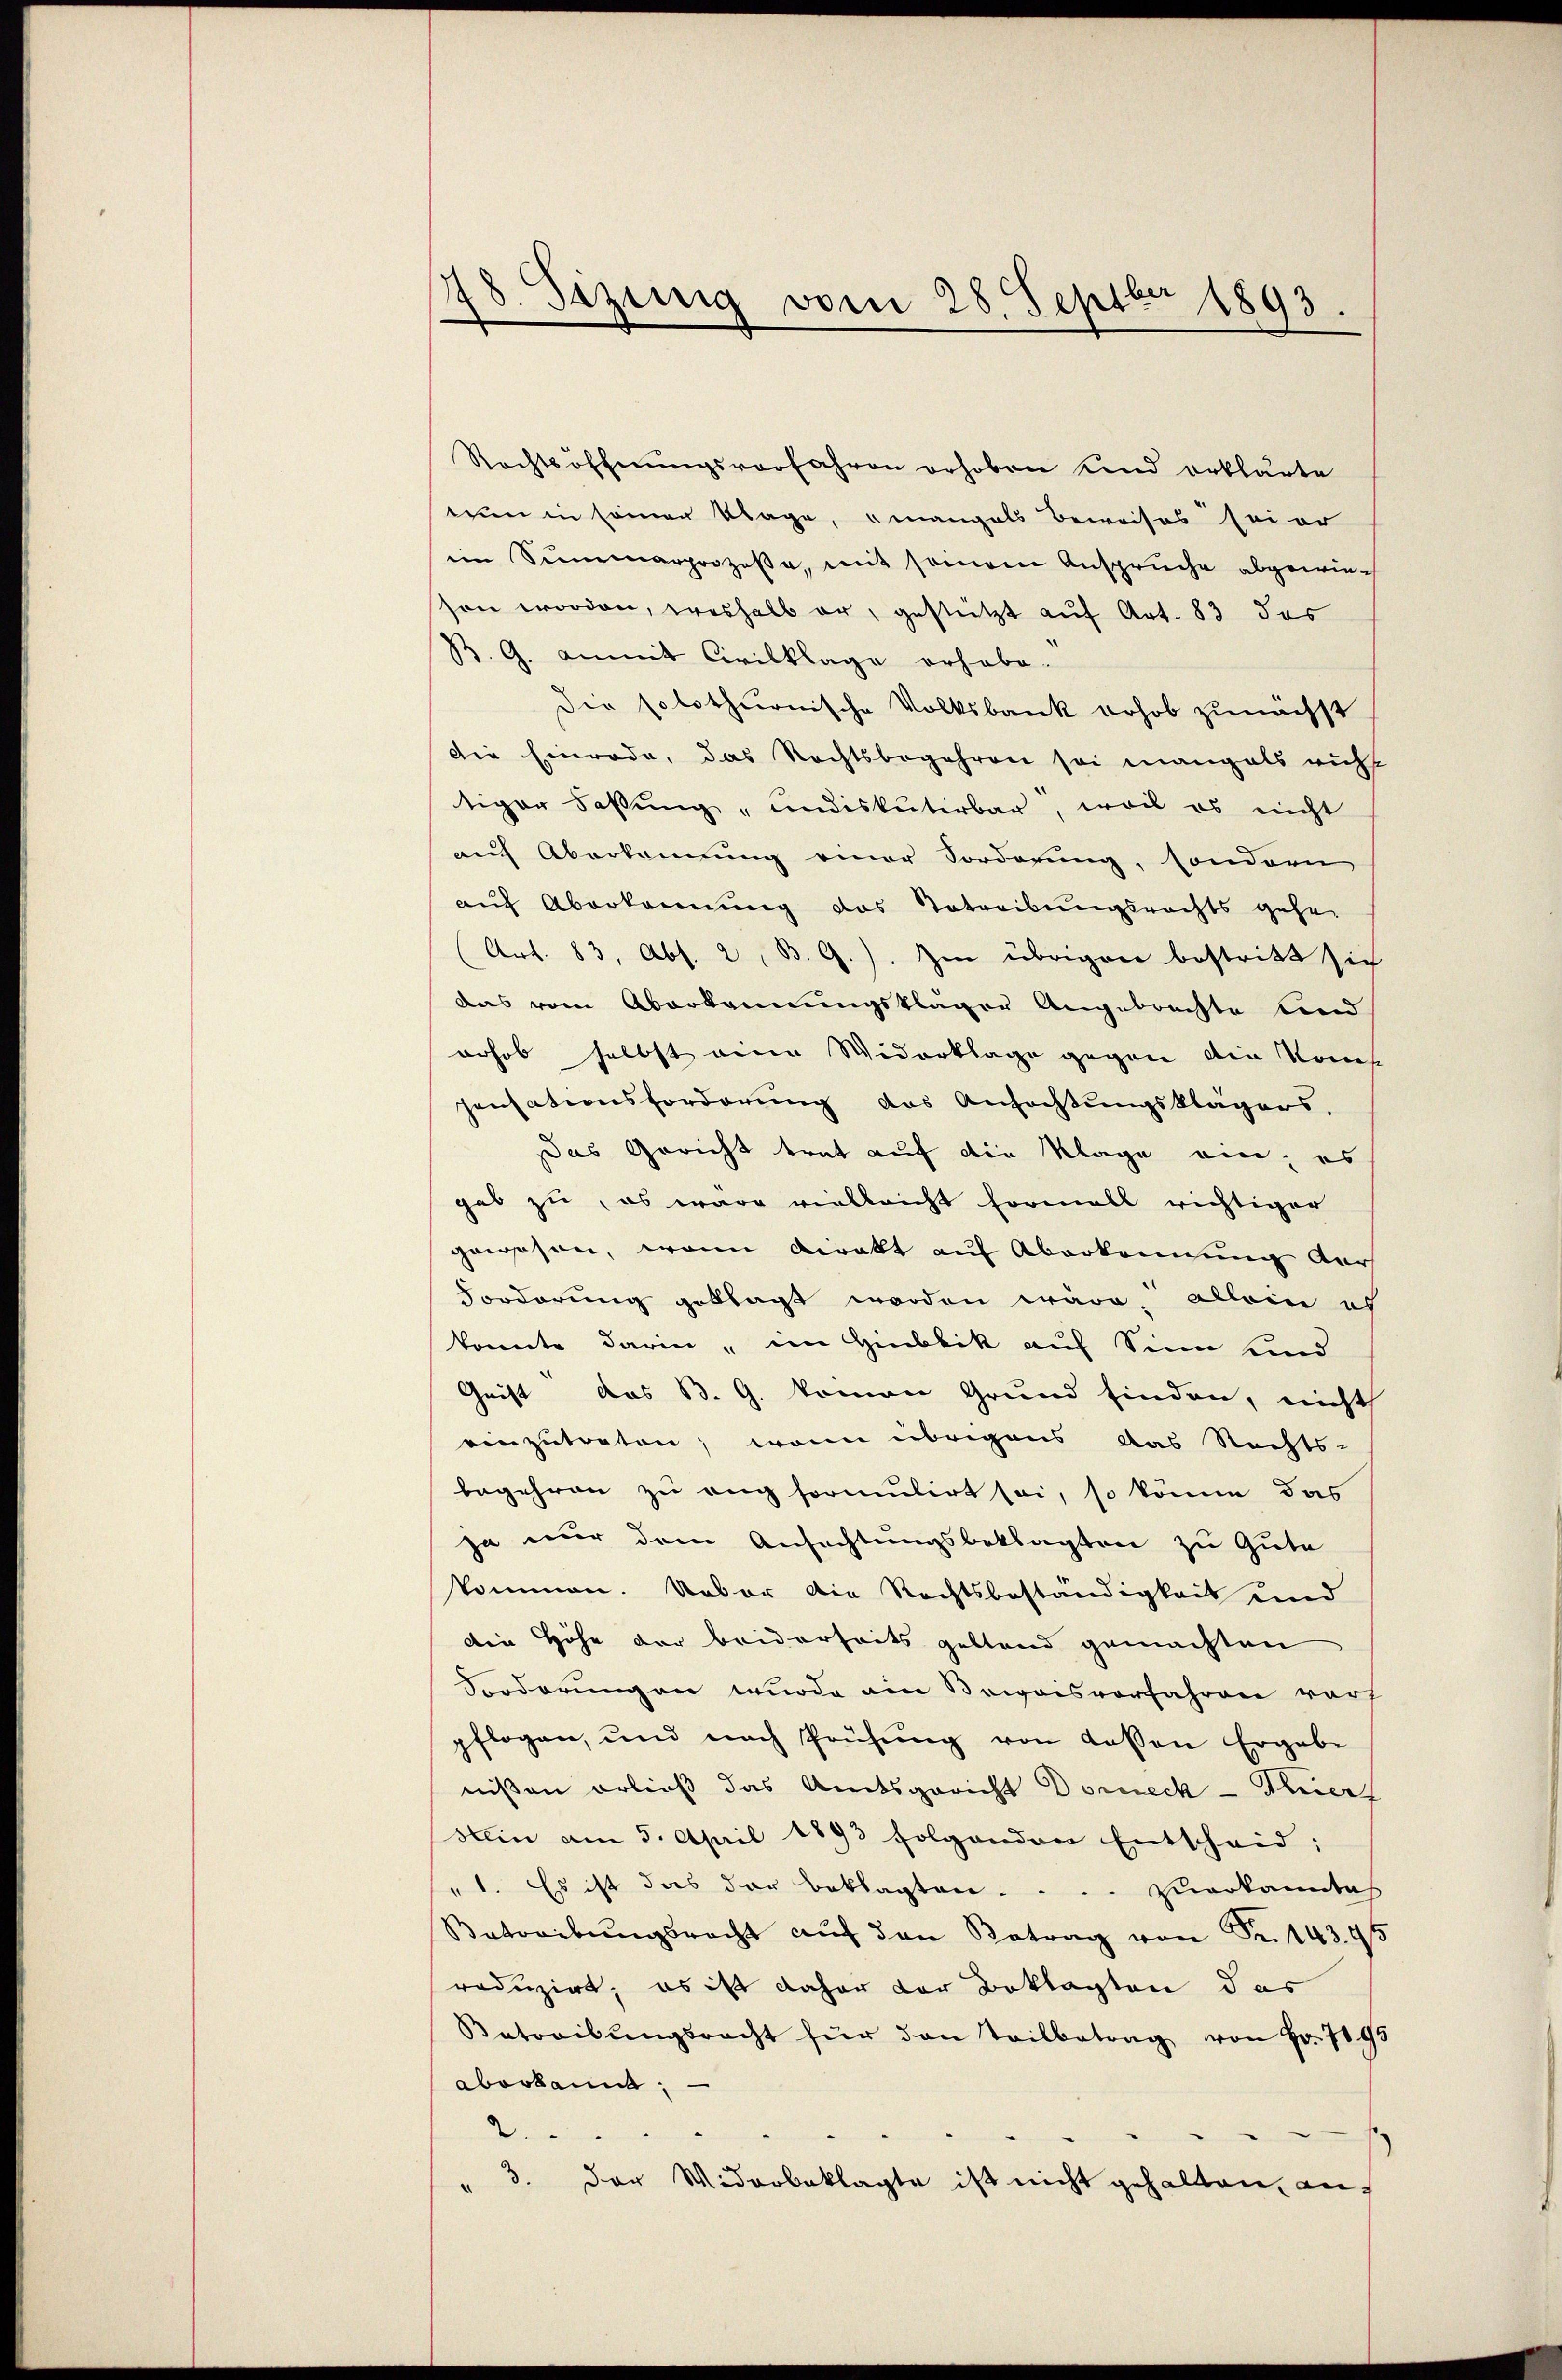
18. Sizung vom 28. Septbr 1893.

Rechtsoffnŭngsverfahren erhoben und erklärte
tum in seiner Klage, mangels Beweises sei er
im Summarprozesse, mit seinem Anspruche abgewieson worden, weshalb er, gestützt auf Art. 83 das
B. G. anmit Civilklage erhabe.
Die solothurnische Volksbank erhob zunächst
Die Einrode, das Rechtsbegehren sei mangals richt
tiger Faßung "undiskutirbar, wo es nicht
auch Aberkennung einer Sorderung, sondern
auf Aberkennung das Betreibungsrechts gehe
Art. 83, Abs. 2, B. G.). Im übrigen bestritt sich
das vom Aberkennungsklager Angebrachte find
orhob selbst eine Widerklage gegen ain Konse
pensationsforderung des Anfachtungsklägers,
Das Gericht trat auf die Klage ein; es
gab zu, es wäre vielleicht formall richtiger
gewesen, wenn direkt auf Aberkennung der
Forderung geklagt worden wäre, allein es
konnte darin, ein Hinblik auf Sinn sind
Geist das B. G. kommen Grund finden, nicht
einzutreten, wenn übrigens das Rechts-
begehren zu auch formulirt sei, so könne das
ja nur dem Anfachtungsbeklagten zu Gute
kommen. Ueber die Rechtsbeständigkeit und
die Höhe der beiderseits geltend gemachten
Forderung an wurde ein Beivorsvorfahren vorh
pflogen, und nach Prüfŭng von dassen Ergebe
nißen erließ das Amtsgericht Dorneck - Trier
stein am 5. April 1893 folgenden Entscheid;
"1. Es ist das der Beklagten . . . . zuerkanntich
Betreibŭngsrecht aŭf den Betrag von Fr. 143. 95
roduzirt, es ist daher der Beklagten das
Betreibŭngsrecht für den Teilbetrag von Fr. 7195
aberkannt,
2.
" 3. der Widerbeklagte ist nicht gehalten, auf